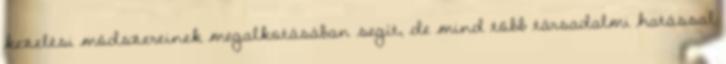
kezelési módszereinek megalkotásában segít, de mind több társadalmi hatással